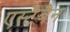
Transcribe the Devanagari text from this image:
एस्टेबैन